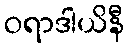
ဝရာဒါယိနီ